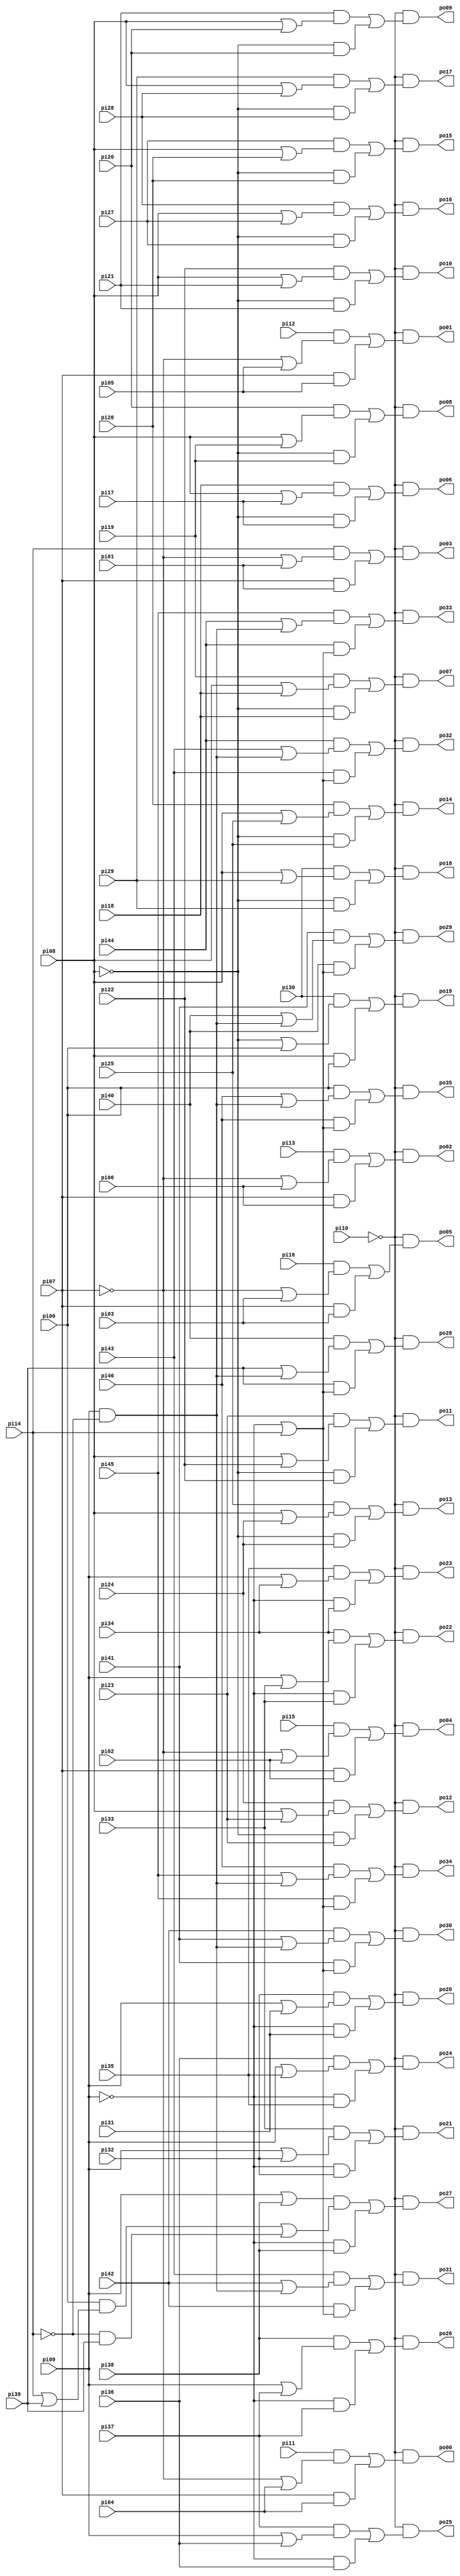
// Benchmark "cht" written by ABC on Thu Mar 19 13:02:36 2020

module cht ( 
    pi00, pi01, pi02, pi03, pi04, pi05, pi06, pi07, pi08, pi09, pi10, pi11,
    pi12, pi13, pi14, pi15, pi16, pi17, pi18, pi19, pi20, pi21, pi22, pi23,
    pi24, pi25, pi26, pi27, pi28, pi29, pi30, pi31, pi32, pi33, pi34, pi35,
    pi36, pi37, pi38, pi39, pi40, pi41, pi42, pi43, pi44, pi45, pi46,
    po00, po01, po02, po03, po04, po05, po06, po07, po08, po09, po10, po11,
    po12, po13, po14, po15, po16, po17, po18, po19, po20, po21, po22, po23,
    po24, po25, po26, po27, po28, po29, po30, po31, po32, po33, po34, po35  );
  input  pi00, pi01, pi02, pi03, pi04, pi05, pi06, pi07, pi08, pi09,
    pi10, pi11, pi12, pi13, pi14, pi15, pi16, pi17, pi18, pi19, pi20, pi21,
    pi22, pi23, pi24, pi25, pi26, pi27, pi28, pi29, pi30, pi31, pi32, pi33,
    pi34, pi35, pi36, pi37, pi38, pi39, pi40, pi41, pi42, pi43, pi44, pi45,
    pi46;
  output po00, po01, po02, po03, po04, po05, po06, po07, po08, po09, po10,
    po11, po12, po13, po14, po15, po16, po17, po18, po19, po20, po21, po22,
    po23, po24, po25, po26, po27, po28, po29, po30, po31, po32, po33, po34,
    po35;
  assign po00 = ~pi10 & ((pi11 & (~pi07 | pi04)) | (pi07 & pi04));
  assign po01 = ~pi10 & ((pi12 & (~pi07 | pi05)) | (pi07 & pi05));
  assign po02 = ~pi10 & ((pi13 & (~pi07 | pi06)) | (pi07 & pi06));
  assign po03 = ~pi10 & ((pi14 & (~pi07 | pi01)) | (pi07 & pi01));
  assign po04 = ~pi10 & ((pi15 & (~pi07 | pi02)) | (pi07 & pi02));
  assign po05 = ~pi10 & ((pi16 & (~pi07 | pi03)) | (pi07 & pi03));
  assign po06 = ~pi10 & ((pi18 & (pi08 | pi17)) | (~pi08 & pi17));
  assign po07 = ~pi10 & ((pi19 & (pi08 | pi18)) | (~pi08 & pi18));
  assign po08 = ~pi10 & ((pi20 & (pi08 | pi19)) | (~pi08 & pi19));
  assign po09 = ~pi10 & ((pi21 & (pi08 | pi20)) | (~pi08 & pi20));
  assign po10 = ~pi10 & ((pi22 & (pi08 | pi21)) | (~pi08 & pi21));
  assign po11 = ~pi10 & ((pi23 & (pi08 | pi22)) | (~pi08 & pi22));
  assign po12 = ~pi10 & ((pi24 & (pi08 | pi23)) | (~pi08 & pi23));
  assign po13 = ~pi10 & ((pi25 & (pi08 | pi24)) | (~pi08 & pi24));
  assign po14 = ~pi10 & ((pi26 & (pi08 | pi25)) | (~pi08 & pi25));
  assign po15 = ~pi10 & ((pi27 & (pi08 | pi26)) | (~pi08 & pi26));
  assign po16 = ~pi10 & ((pi28 & (pi08 | pi27)) | (~pi08 & pi27));
  assign po17 = ~pi10 & ((pi29 & (pi08 | pi28)) | (~pi08 & pi28));
  assign po18 = ~pi10 & ((pi30 & (pi08 | pi29)) | (~pi08 & pi29));
  assign po19 = ~pi10 & ((pi30 & (~pi08 | pi00)) | (pi08 & pi00));
  assign po20 = ~pi10 & ((pi32 & (pi09 | pi31)) | (~pi09 & pi31));
  assign po21 = ~pi10 & ((pi33 & (pi09 | pi32)) | (~pi09 & pi32));
  assign po22 = ~pi10 & ((pi34 & (pi09 | pi33)) | (~pi09 & pi33));
  assign po23 = ~pi10 & ((pi35 & (pi09 | pi34)) | (~pi09 & pi34));
  assign po24 = ~pi10 & ((pi36 & (pi09 | pi35)) | (~pi09 & pi35));
  assign po25 = ~pi10 & ((pi37 & (pi09 | pi36)) | (~pi09 & pi36));
  assign po26 = ~pi10 & ((pi38 & (pi09 | pi37)) | (~pi09 & pi37));
  assign po27 = ~pi10 & (((pi09 | pi38) & ((pi00 & (pi14 | pi39)) | (~pi14 & pi39))) | (~pi09 & pi38));
  assign po28 = ~pi10 & ((pi40 & (pi39 | (pi09 & ~pi14))) | (pi39 & (~pi09 | pi14)));
  assign po29 = ~pi10 & ((pi41 & (pi40 | (pi09 & ~pi14))) | (pi40 & (~pi09 | pi14)));
  assign po30 = ~pi10 & ((pi42 & (pi41 | (pi09 & ~pi14))) | (pi41 & (~pi09 | pi14)));
  assign po31 = ~pi10 & ((pi43 & (pi42 | (pi09 & ~pi14))) | (pi42 & (~pi09 | pi14)));
  assign po32 = ~pi10 & ((pi44 & (pi43 | (pi09 & ~pi14))) | (pi43 & (~pi09 | pi14)));
  assign po33 = ~pi10 & ((pi45 & (pi44 | (pi09 & ~pi14))) | (pi44 & (~pi09 | pi14)));
  assign po34 = ~pi10 & ((pi46 & (pi45 | (pi09 & ~pi14))) | (pi45 & (~pi09 | pi14)));
  assign po35 = ~pi10 & ((pi00 & (pi46 | (pi09 & ~pi14))) | (pi46 & (~pi09 | pi14)));
endmodule